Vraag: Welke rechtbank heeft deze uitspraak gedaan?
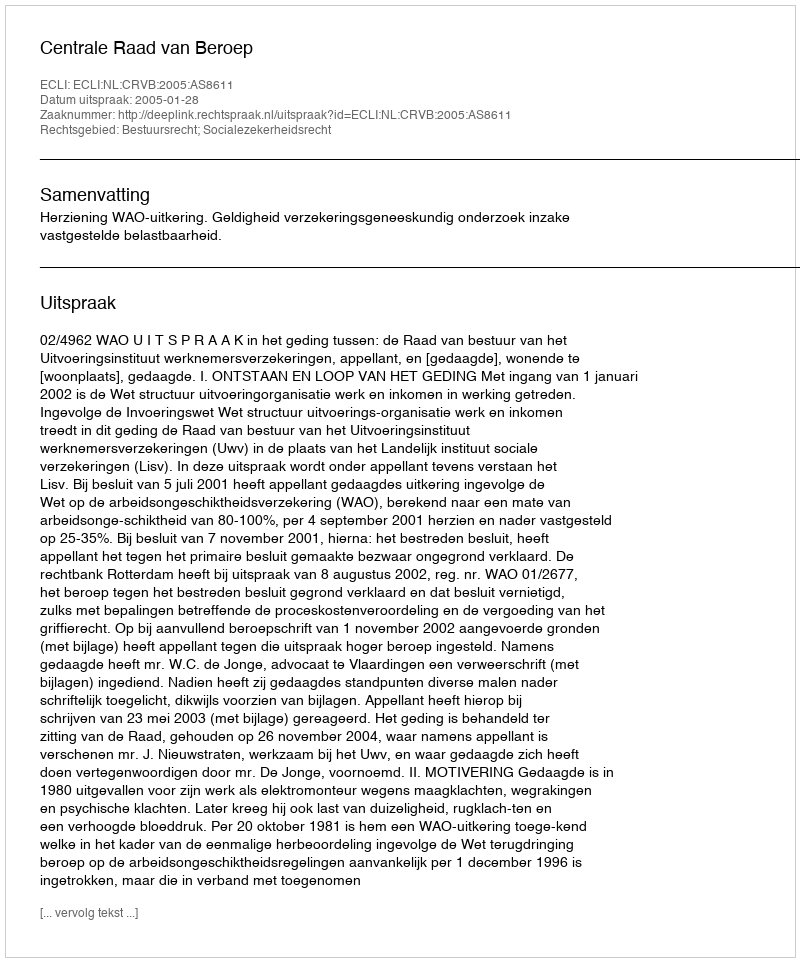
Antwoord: Centrale Raad van Beroep